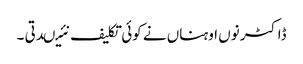
ڈاکٹر نوں اوہناں نے کوئی تکلیف نئیںدتی ۔